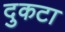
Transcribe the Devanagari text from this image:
दुकटा